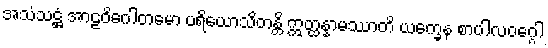
အသံသဋ္ဌံ အာဠဝိဂေါတမော ပရိယောသိတန္တိ ဣတ္ထန္နာမဿာတိ ယက္ခေန စာပါလဝဂ္ဂေါ